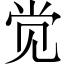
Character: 觉